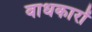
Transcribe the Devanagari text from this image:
वाधकारों